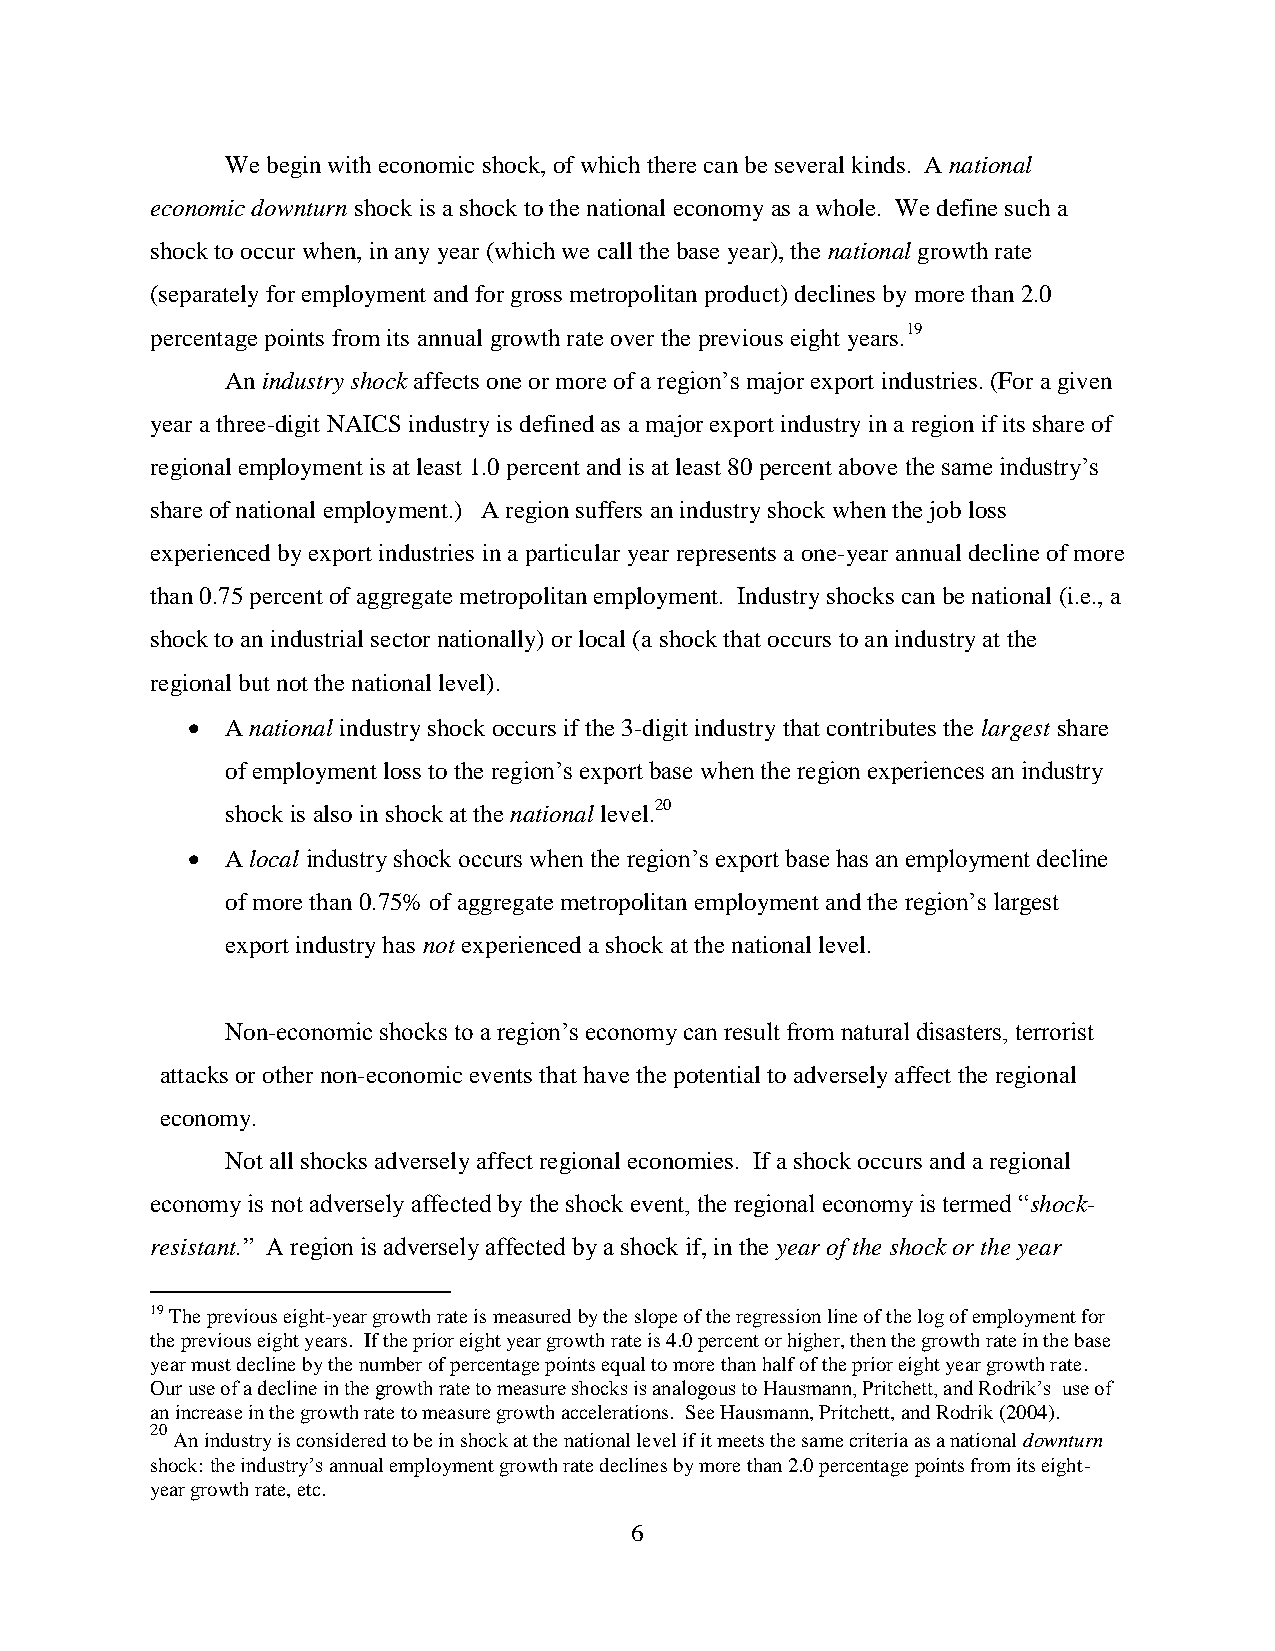
We begin with economic shock, of which there can be several kinds. A national
 economic downturn shock is a shock to the national economy as a whole. We define such a
 shock to occur when, in any year (which we call the base year), the national growth rate
 (separately for employment and for gross metropolitan product) declines by more than 2.0
 percentage points from its annual growth rate over the previous eight years.19
 An industry shock affects one or more of a region’s major export industries. (For a given
 year a three-digit NAICS industry is defined as a major export industry in a region if its share of
 regional employment is at least 1.0 percent and is at least 80 percent above the same industry’s
 share of national employment.) A region suffers an industry shock when the job loss
 experienced by export industries in a particular year represents a one-year annual decline of more
 than 0.75 percent of aggregate metropolitan employment. Industry shocks can be national (i.e., a
 shock to an industrial sector nationally) or local (a shock that occurs to an industry at the
 regional but not the national level).
   A national industry shock occurs if the 3-digit industry that contributes the largest share
 of employment loss to the region’s export base when the region experiences an industry
 shock is also in shock at the national level.20
   A local industry shock occurs when the region’s export base has an employment decline
 of more than 0.75% of aggregate metropolitan employment and the region’s largest
 export industry has not experienced a shock at the national level.
 Non-economic shocks to a region’s economy can result from natural disasters, terrorist
 attacks or other non-economic events that have the potential to adversely affect the regional
 economy.
 Not all shocks adversely affect regional economies. If a shock occurs and a regional
 economy is not adversely affected by the shock event, the regional economy is termed “shock-
 resistant.” A region is adversely affected by a shock if, in the year of the shock or the year
 19 The previous eight-year growth rate is measured by the slope of the regression line of the log of employment for
 the previous eight years. If the prior eight year growth rate is 4.0 percent or higher, then the growth rate in the base
 year must decline by the number of percentage points equal to more than half of the prior eight year growth rate.
 Our use of a decline in the growth rate to measure shocks is analogous to Hausmann, Pritchett, and Rodrik’s use of
 an increase in the growth rate to measure growth accelerations. See Hausmann, Pritchett, and Rodrik (2004).
 20
 An industry is considered to be in shock at the national level if it meets the same criteria as a national downturn
 shock: the industry’s annual employment growth rate declines by more than 2.0 percentage points from its eight-
 year growth rate, etc.
 6